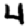
Digit: 4